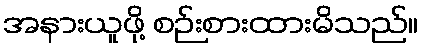
အနားယူဖို့ စဉ်းစားထားမိသည်။